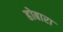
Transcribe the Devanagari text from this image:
होबारा